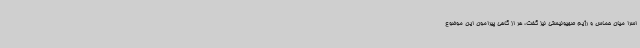
اسرا میان حماس و رژیم صهیونیستی نیز گفت، هر از گاهی پیرامون این موضوع